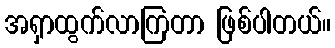
အရှာထွက်လာကြတာ ဖြစ်ပါတယ်။